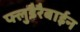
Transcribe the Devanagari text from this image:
फ्लुडैरैबाईन